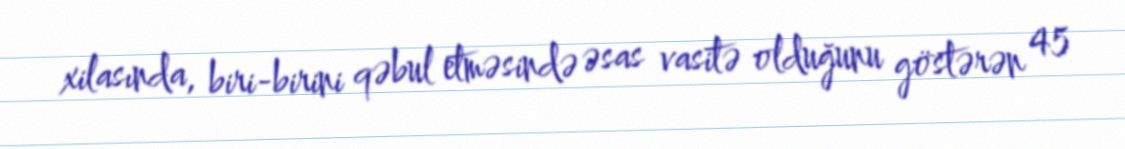
xilasında, biri-birini qəbul etməsində əsas vasitə olduğunu göstərən 45